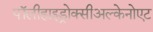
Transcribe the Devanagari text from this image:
पॉलीहाइड्रोक्सीअल्केनोएट